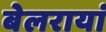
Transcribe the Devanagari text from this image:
बेलरायां